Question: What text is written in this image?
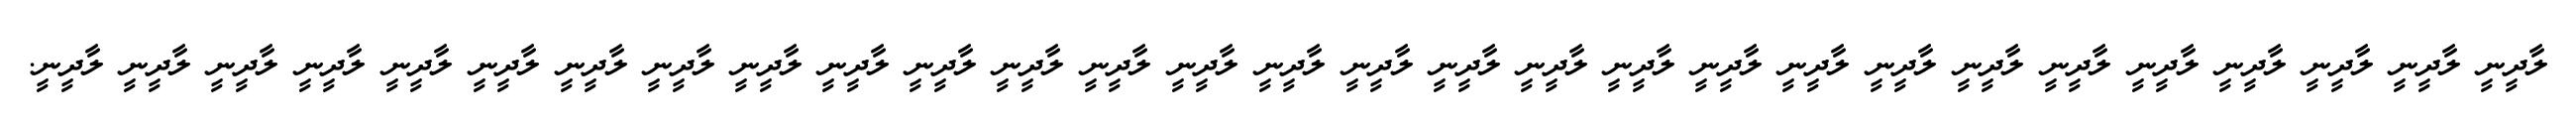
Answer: ލާދީނީ ލާދީނީ ލާދީނީ ލާދީނީ ލާދީނީ ލާދީނީ ލާދީނީ ލާދީނީ ލާދީނީ ލާދީނީ ލާދީނީ ލާދީނީ ލާދީނީ ލާދީނީ ލާދީނީ ލާދީނީ ލާދީނީ ލާދީނީ ލާދީނީ ލާދީނީ ލާދީނީ ލާދީނީ ލާދީނީ ލާދީނީ ލާދީނީ ލާދީނީ ލާދީނީ ލާދީނީ ލާދީނީ.